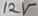
Text: 12V